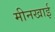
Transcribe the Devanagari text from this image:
मीनखाई